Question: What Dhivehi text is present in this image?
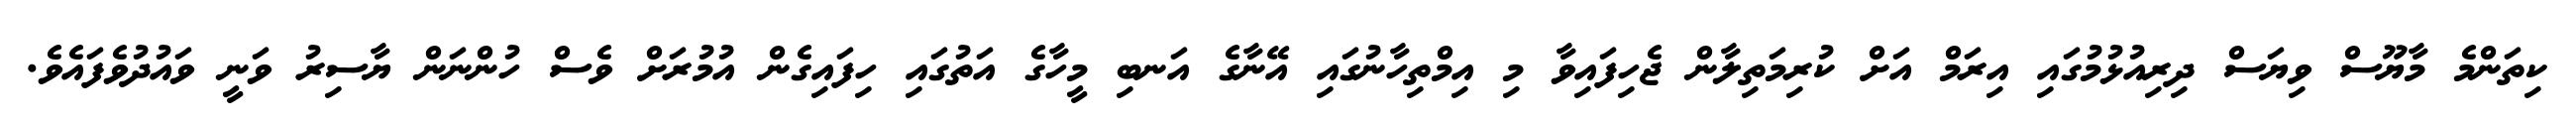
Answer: ކިތަންމެ މާޔޫސް ވިޔަސް ދިރިއުޅުމުގައި އިރަމް އަށް ކުރިމަތިލާން ޖެހިފައިވާ މި އިމްތިހާނުގައި އޭނާގެ އަނބި މީހާގެ އަތުގައި ހިފައިގެން އުމުރަށް ވެސް ހުންނަން ޔާސިރު ވަނީ ވައުދުވެފައެވެ.